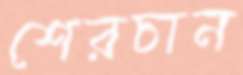
শেরচান